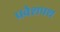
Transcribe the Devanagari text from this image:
प्रवेशपथ